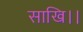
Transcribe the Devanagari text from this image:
साखि।।